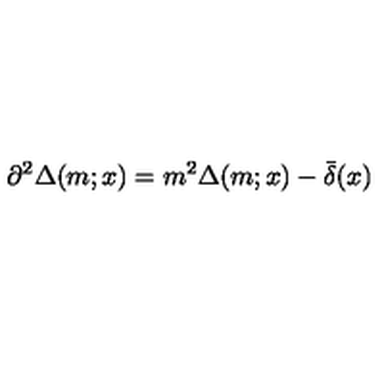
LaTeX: \partial ^ { 2 } \Delta ( m ; x ) = m ^ { 2 } \Delta ( m ; x ) - \bar { \delta } ( x )